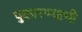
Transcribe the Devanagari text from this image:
पुकारण्याची